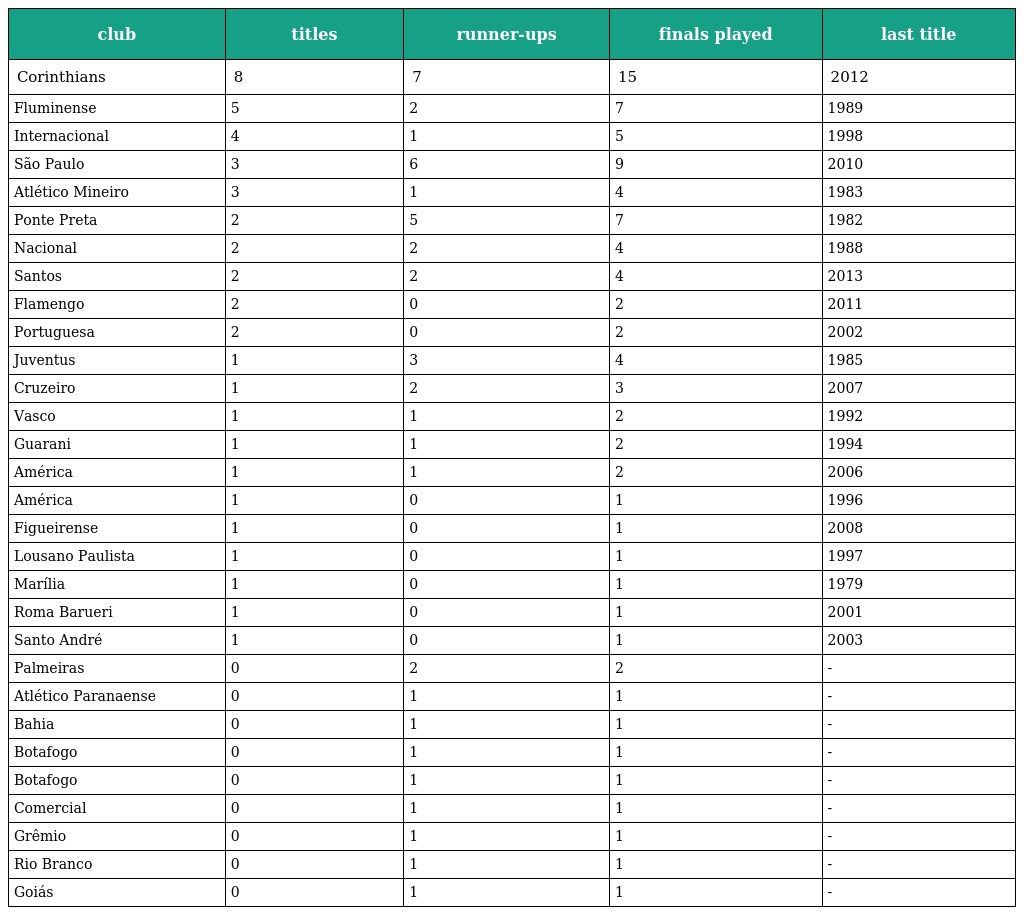
| club | titles | runner-ups | finals played | last title |
 | --- | --- | --- | --- | --- |
 | Corinthians | 8 | 7 | 15 | 2012 |
 | Fluminense | 5 | 2 | 7 | 1989 |
 | Internacional | 4 | 1 | 5 | 1998 |
 | São Paulo | 3 | 6 | 9 | 2010 |
 | Atlético Mineiro | 3 | 1 | 4 | 1983 |
 | Ponte Preta | 2 | 5 | 7 | 1982 |
 | Nacional | 2 | 2 | 4 | 1988 |
 | Santos | 2 | 2 | 4 | 2013 |
 | Flamengo | 2 | 0 | 2 | 2011 |
 | Portuguesa | 2 | 0 | 2 | 2002 |
 | Juventus | 1 | 3 | 4 | 1985 |
 | Cruzeiro | 1 | 2 | 3 | 2007 |
 | Vasco | 1 | 1 | 2 | 1992 |
 | Guarani | 1 | 1 | 2 | 1994 |
 | América | 1 | 1 | 2 | 2006 |
 | América | 1 | 0 | 1 | 1996 |
 | Figueirense | 1 | 0 | 1 | 2008 |
 | Lousano Paulista | 1 | 0 | 1 | 1997 |
 | Marília | 1 | 0 | 1 | 1979 |
 | Roma Barueri | 1 | 0 | 1 | 2001 |
 | Santo André | 1 | 0 | 1 | 2003 |
 | Palmeiras | 0 | 2 | 2 | - |
 | Atlético Paranaense | 0 | 1 | 1 | - |
 | Bahia | 0 | 1 | 1 | - |
 | Botafogo | 0 | 1 | 1 | - |
 | Botafogo | 0 | 1 | 1 | - |
 | Comercial | 0 | 1 | 1 | - |
 | Grêmio | 0 | 1 | 1 | - |
 | Rio Branco | 0 | 1 | 1 | - |
 | Goiás | 0 | 1 | 1 | - |